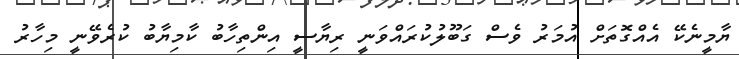
ޔާމީނެކޭ އެއްގޮތަށް އުމަރު ވެސް ގަބޫލުކުރައްވަނީ ރިޔާސީ އިންތިހާބު ކާމިޔާބު ކުރެވޭނީ މިހާރު